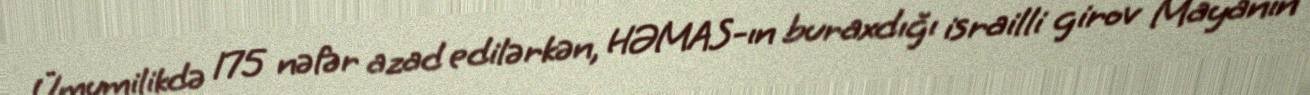
Ümumilikdə 175 nəfər azad edilərkən, HƏMAS-ın buraxdığı israilli girov Mayanın